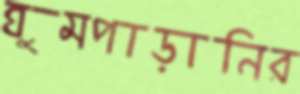
ঘুমপাড়ানির